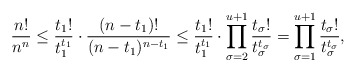
\begin{align*}\frac{n!}{n^n} \leq \frac{t_1!}{t_1^{t_1}} \cdot \frac{(n-t_1)!}{(n-t_1)^{n-t_1}} \leq \frac{t_1!}{t_1^{t_1}} \cdot \prod_{\sigma = 2}^{u+1} \frac{t_\sigma!}{t_\sigma^{t_\sigma}} = \prod_{\sigma = 1}^{u+1} \frac{t_\sigma!}{t_\sigma^{t_\sigma}},\end{align*}